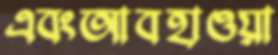
এবংআবহাওয়া